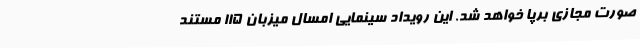
صورت مجازی برپا خواهد شد. این رویداد سینمایی امسال میزبان 115 مستند